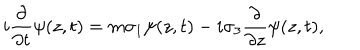
LaTeX: i \frac { \partial } { \partial t } \psi ( z , t ) = m \sigma _ { 1 } \psi ( z , t ) - i \sigma _ { 3 } \frac { \partial } { \partial z } \psi ( z , t ) ,